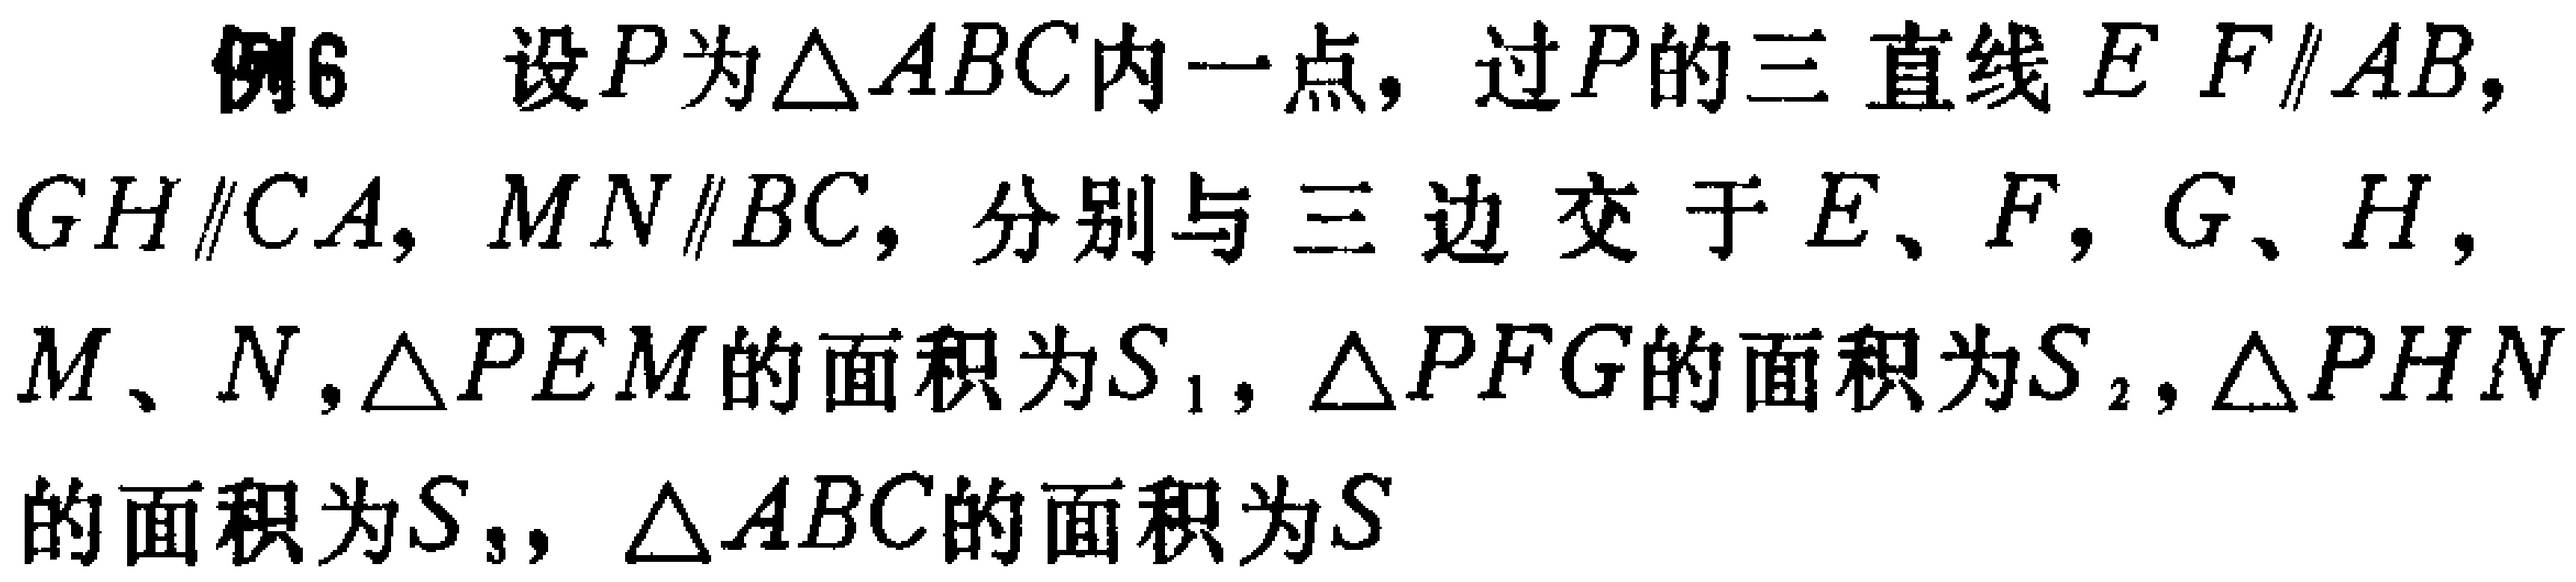
例6 设\(P\)为\(\triangle ABC\)内一点，过\(P\)的三直线\(EF\parallel AB\)，\(GH\parallel CA\)，\(MN\parallel BC\)，分别与三边交于\(E\)、\(F\)，\(G\)、\(H\)，\(M\)、\(N\)，\(\triangle PEM\)的面积为\(S_1\)，\(\triangle PFG\)的面积为\(S_2\)，\(\triangle PHN\)的面积为\(S_3\)，\(\triangle ABC\)的面积为\(S\)